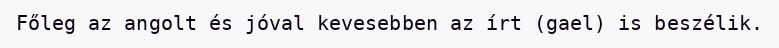
Főleg az angolt és jóval kevesebben az írt (gael) is beszélik.